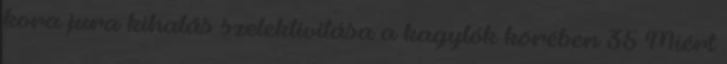
kora jura kihalás szelektivitása a kagylók körében 35 Miért